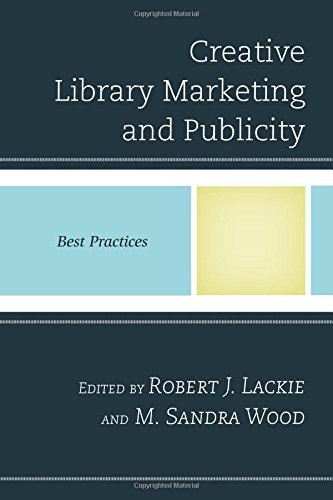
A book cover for Creative Library Marketing and Publicity: Best Practices (Best Practices in Library Services); Politics & Social Sciences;